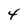
Character: 4